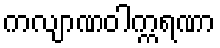
ကလျာဏဝါက္ကရဏာ